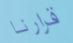
قرارنا